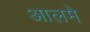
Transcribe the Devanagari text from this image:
आलमे